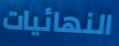
النهائيات